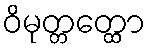
ဝိမုတ္တတ္ထော